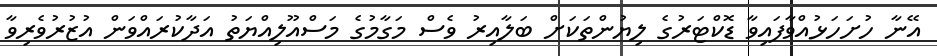
އޭނާ ހުށަހަޅުއްވާފައިވާ ޑޮކްޓަރުގެ ލިޔުންތަކަށް ބަލާއިރު ވެސް މަގާމުގެ މަސްއޫލިއްޔަތު އަދާކުރައްވަން އުޒުރުވެރިވާ